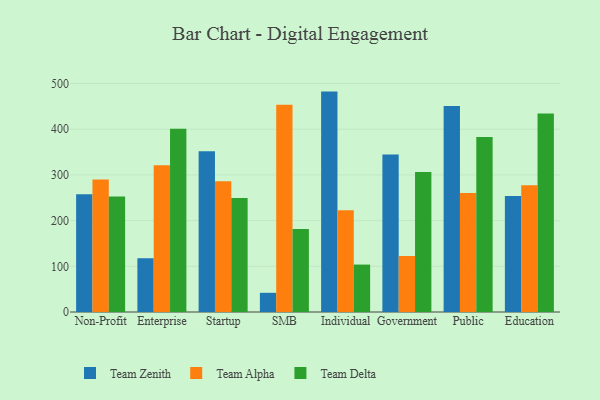
{"axis": {"x": "Segment", "y": "Tickets Resolved"}, "legend": ["Team Alpha", "Team Delta", "Team Zenith"], "data": [{"x": "Non-Profit", "y": 257.7, "type": "Team Zenith"}, {"x": "Non-Profit", "y": 289.7, "type": "Team Alpha"}, {"x": "Non-Profit", "y": 253.0, "type": "Team Delta"}, {"x": "Enterprise", "y": 117.7, "type": "Team Zenith"}, {"x": "Enterprise", "y": 321.2, "type": "Team Alpha"}, {"x": "Enterprise", "y": 400.8, "type": "Team Delta"}, {"x": "Startup", "y": 352.0, "type": "Team Zenith"}, {"x": "Startup", "y": 286.3, "type": "Team Alpha"}, {"x": "Startup", "y": 249.7, "type": "Team Delta"}, {"x": "SMB", "y": 42.0, "type": "Team Zenith"}, {"x": "SMB", "y": 453.5, "type": "Team Alpha"}, {"x": "SMB", "y": 181.6, "type": "Team Delta"}, {"x": "Individual", "y": 482.3, "type": "Team Zenith"}, {"x": "Individual", "y": 222.5, "type": "Team Alpha"}, {"x": "Individual", "y": 103.8, "type": "Team Delta"}, {"x": "Government", "y": 344.9, "type": "Team Zenith"}, {"x": "Government", "y": 122.5, "type": "Team Alpha"}, {"x": "Government", "y": 306.2, "type": "Team Delta"}, {"x": "Public", "y": 450.9, "type": "Team Zenith"}, {"x": "Public", "y": 260.2, "type": "Team Alpha"}, {"x": "Public", "y": 382.7, "type": "Team Delta"}, {"x": "Education", "y": 253.6, "type": "Team Zenith"}, {"x": "Education", "y": 277.3, "type": "Team Alpha"}, {"x": "Education", "y": 434.2, "type": "Team Delta"}]}